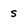
Character: s